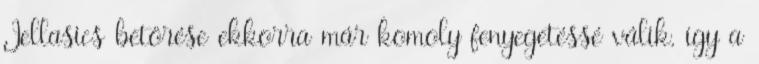
Jellasics betörése ekkorra már komoly fenyegetéssé válik, így a